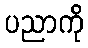
ပညာကို